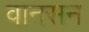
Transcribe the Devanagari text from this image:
वानसन